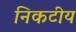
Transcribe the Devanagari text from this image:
निकटीय